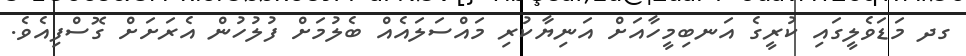
ގދ މަޑަވެލީގައި ކުރީގެ އަނބިމީހާއަށް އަނިޔާކުރި މައްސަލައެއް ބެލުމަށް ފުލުހުން އެރަށަށް ގޮސްފިއެވެ.